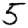
Digit: 5